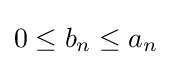
0\leq b_{n}\leq a_{n}